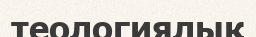
теологиялық